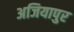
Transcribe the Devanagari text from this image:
अजियापुर